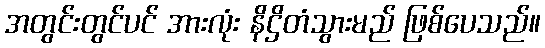
အတွင်းတွင်ပင် အားလုံး နိဌိတံသွားမည် ဖြစ်ပေသည်။